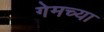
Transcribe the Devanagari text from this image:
गेमच्या